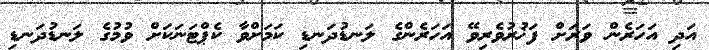
އަދި އަހަރެން ވަރަށް ފަޚުރުވެރިވޭ އަހަރެންގެ ލަނޑުދަނޑި ކަމަށްވާ ކެޕްޓަނަކަށް ވުމުގެ ލަނޑުދަނޑި